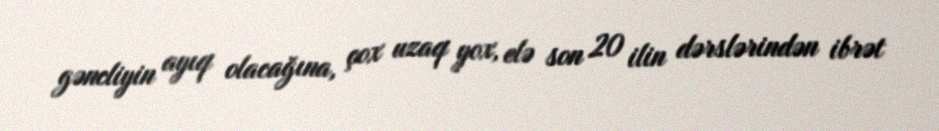
gəncliyin ayıq olacağına, çox uzaq yox, elə son 20 ilin dərslərindən ibrət